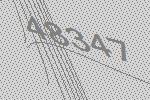
48347